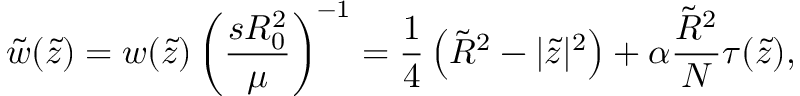
\tilde { w } ( \tilde { z } ) = w ( \tilde { z } ) \left( \frac { s R _ { 0 } ^ { 2 } } { \mu } \right) ^ { - 1 } = \frac { 1 } { 4 } \left( \tilde { R } ^ { 2 } - | \tilde { z } | ^ { 2 } \right) + \alpha \frac { \tilde { R } ^ { 2 } } { N } \tau ( \tilde { z } ) ,